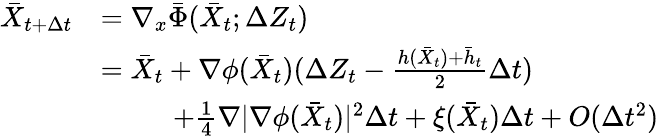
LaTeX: \begin{array}{rl}{\bar{X}_{t+\Delta t}}&{=\nabla_{x}\bar{\Phi}(\bar{X}_{t};\Delta Z_{t})}\\ &{=\bar{X}_{t}+\nabla\phi(\bar{X}_{t})(\Delta Z_{t}-\frac{h(\bar{X}_{t})+\bar{h}_{t}}{2}\Delta t)}\\ &{\qquad\; \; +\frac{1}{4}\nabla|\nabla\phi(\bar{X}_{t})|^{2}\Delta t+\xi(\bar{X}_{t})\Delta t+O(\Delta t^{2})}\end{array}